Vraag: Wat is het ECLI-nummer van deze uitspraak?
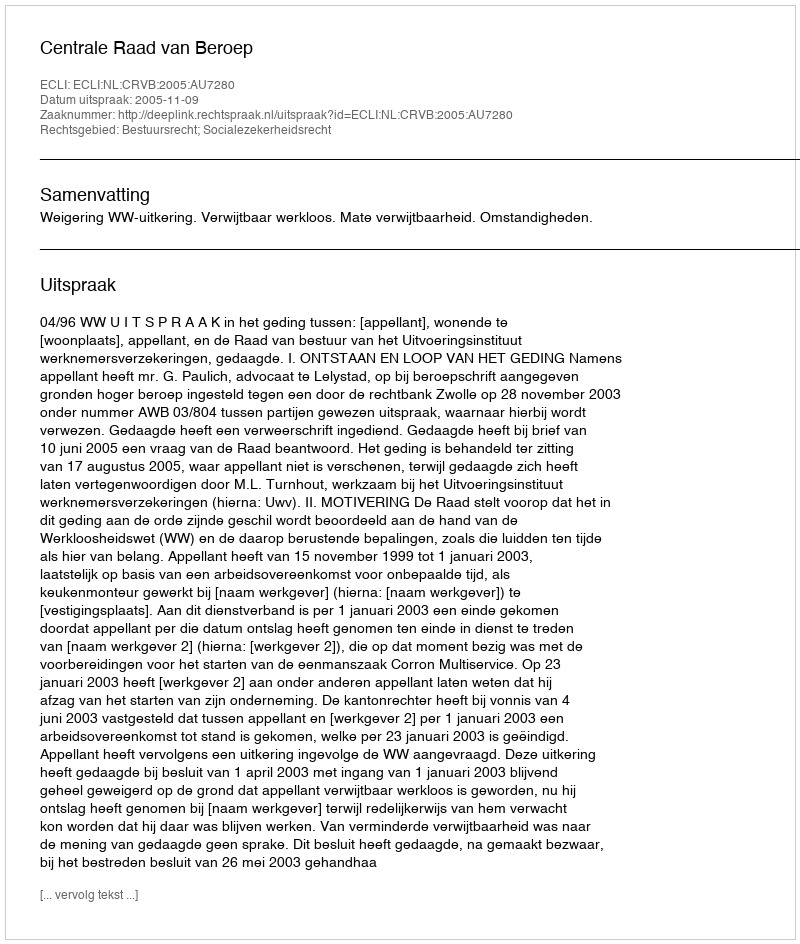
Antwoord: ECLI:NL:CRVB:2005:AU7280